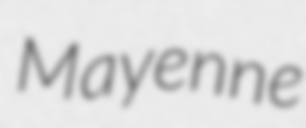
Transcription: Mayenne